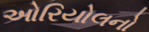
ઓરિયોલનો